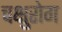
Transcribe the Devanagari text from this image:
चक्षुरोग